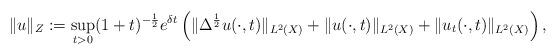
LaTeX: \begin{align*} \|u\|_{Z}:=\sup_{t>0}(1+t)^{-\frac{1}{2}}e^{\delta t}\left(\|\Delta^{\frac{1}{2}}u(\cdot,t)\|_{L^{2}(X)}+\|u(\cdot,t)\|_{L^{2}(X)}+\|u_{t}(\cdot,t)\|_{L^{2}(X)}\right),\end{align*}